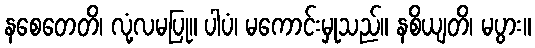
နစေတေတိ၊ လုံ့လမပြု။ ပါပံ၊ မကောင်းမှုသည်။ နစိယျတိ၊ မပွား။